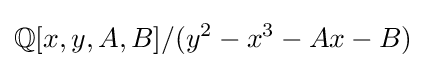
\mathbb {Q} [x,y,A,B]/(y^{2}-x^{3}-Ax-B)